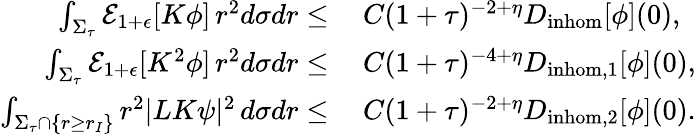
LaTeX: \begin{array}{rl}{\int_{\Sigma_{\tau}}\mathcal{E}_{1+\epsilon}[K\phi]\, r^{2}d\sigma dr\leq}&{\: C(1+\tau)^{-2+\eta}D_{\mathrm{inhom}}[\phi](0),}\\ {\int_{\Sigma_{\tau}}\mathcal{E}_{1+\epsilon}[K^{2}\phi]\, r^{2}d\sigma dr\leq}&{\: C(1+\tau)^{-4+\eta}D_{\mathrm{inhom},1}[\phi](0),}\\ {\int_{\Sigma_{\tau}\cap\{ r\geq r_{I}\} }r^{2}|LK\psi|^{2}\, d\sigma dr\leq}&{\: C(1+\tau)^{-2+\eta}D_{\mathrm{inhom,2}}[\phi](0).}\end{array}